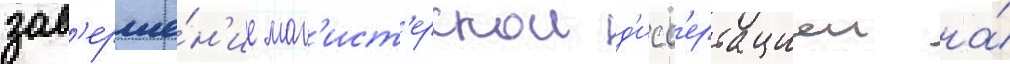
зав'ерше́н'ие маг'ист'ерскои д'исс'ертациеи на́